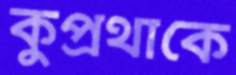
কুপ্রথাকে